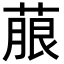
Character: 𮐐